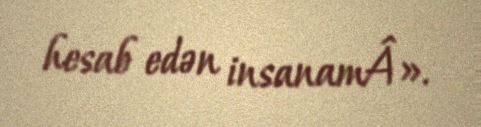
hesab edən insanamÂ».